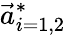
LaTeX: \vec{a}_{i=1,2}^{*}